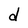
Character: d